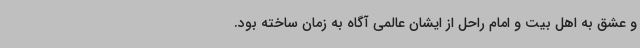
و عشق به اهل بیت و امام راحل از ایشان عالمی آگاه به زمان ساخته بود.